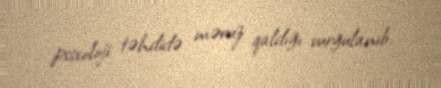
psixoloji təhdidə məruz qaldığı vurğulanıb.